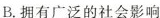
B.拥有广泛的社会影响